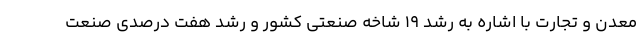
معدن و تجارت با اشاره به رشد ۱۹ شاخه صنعتی کشور و رشد هفت درصدی صنعت